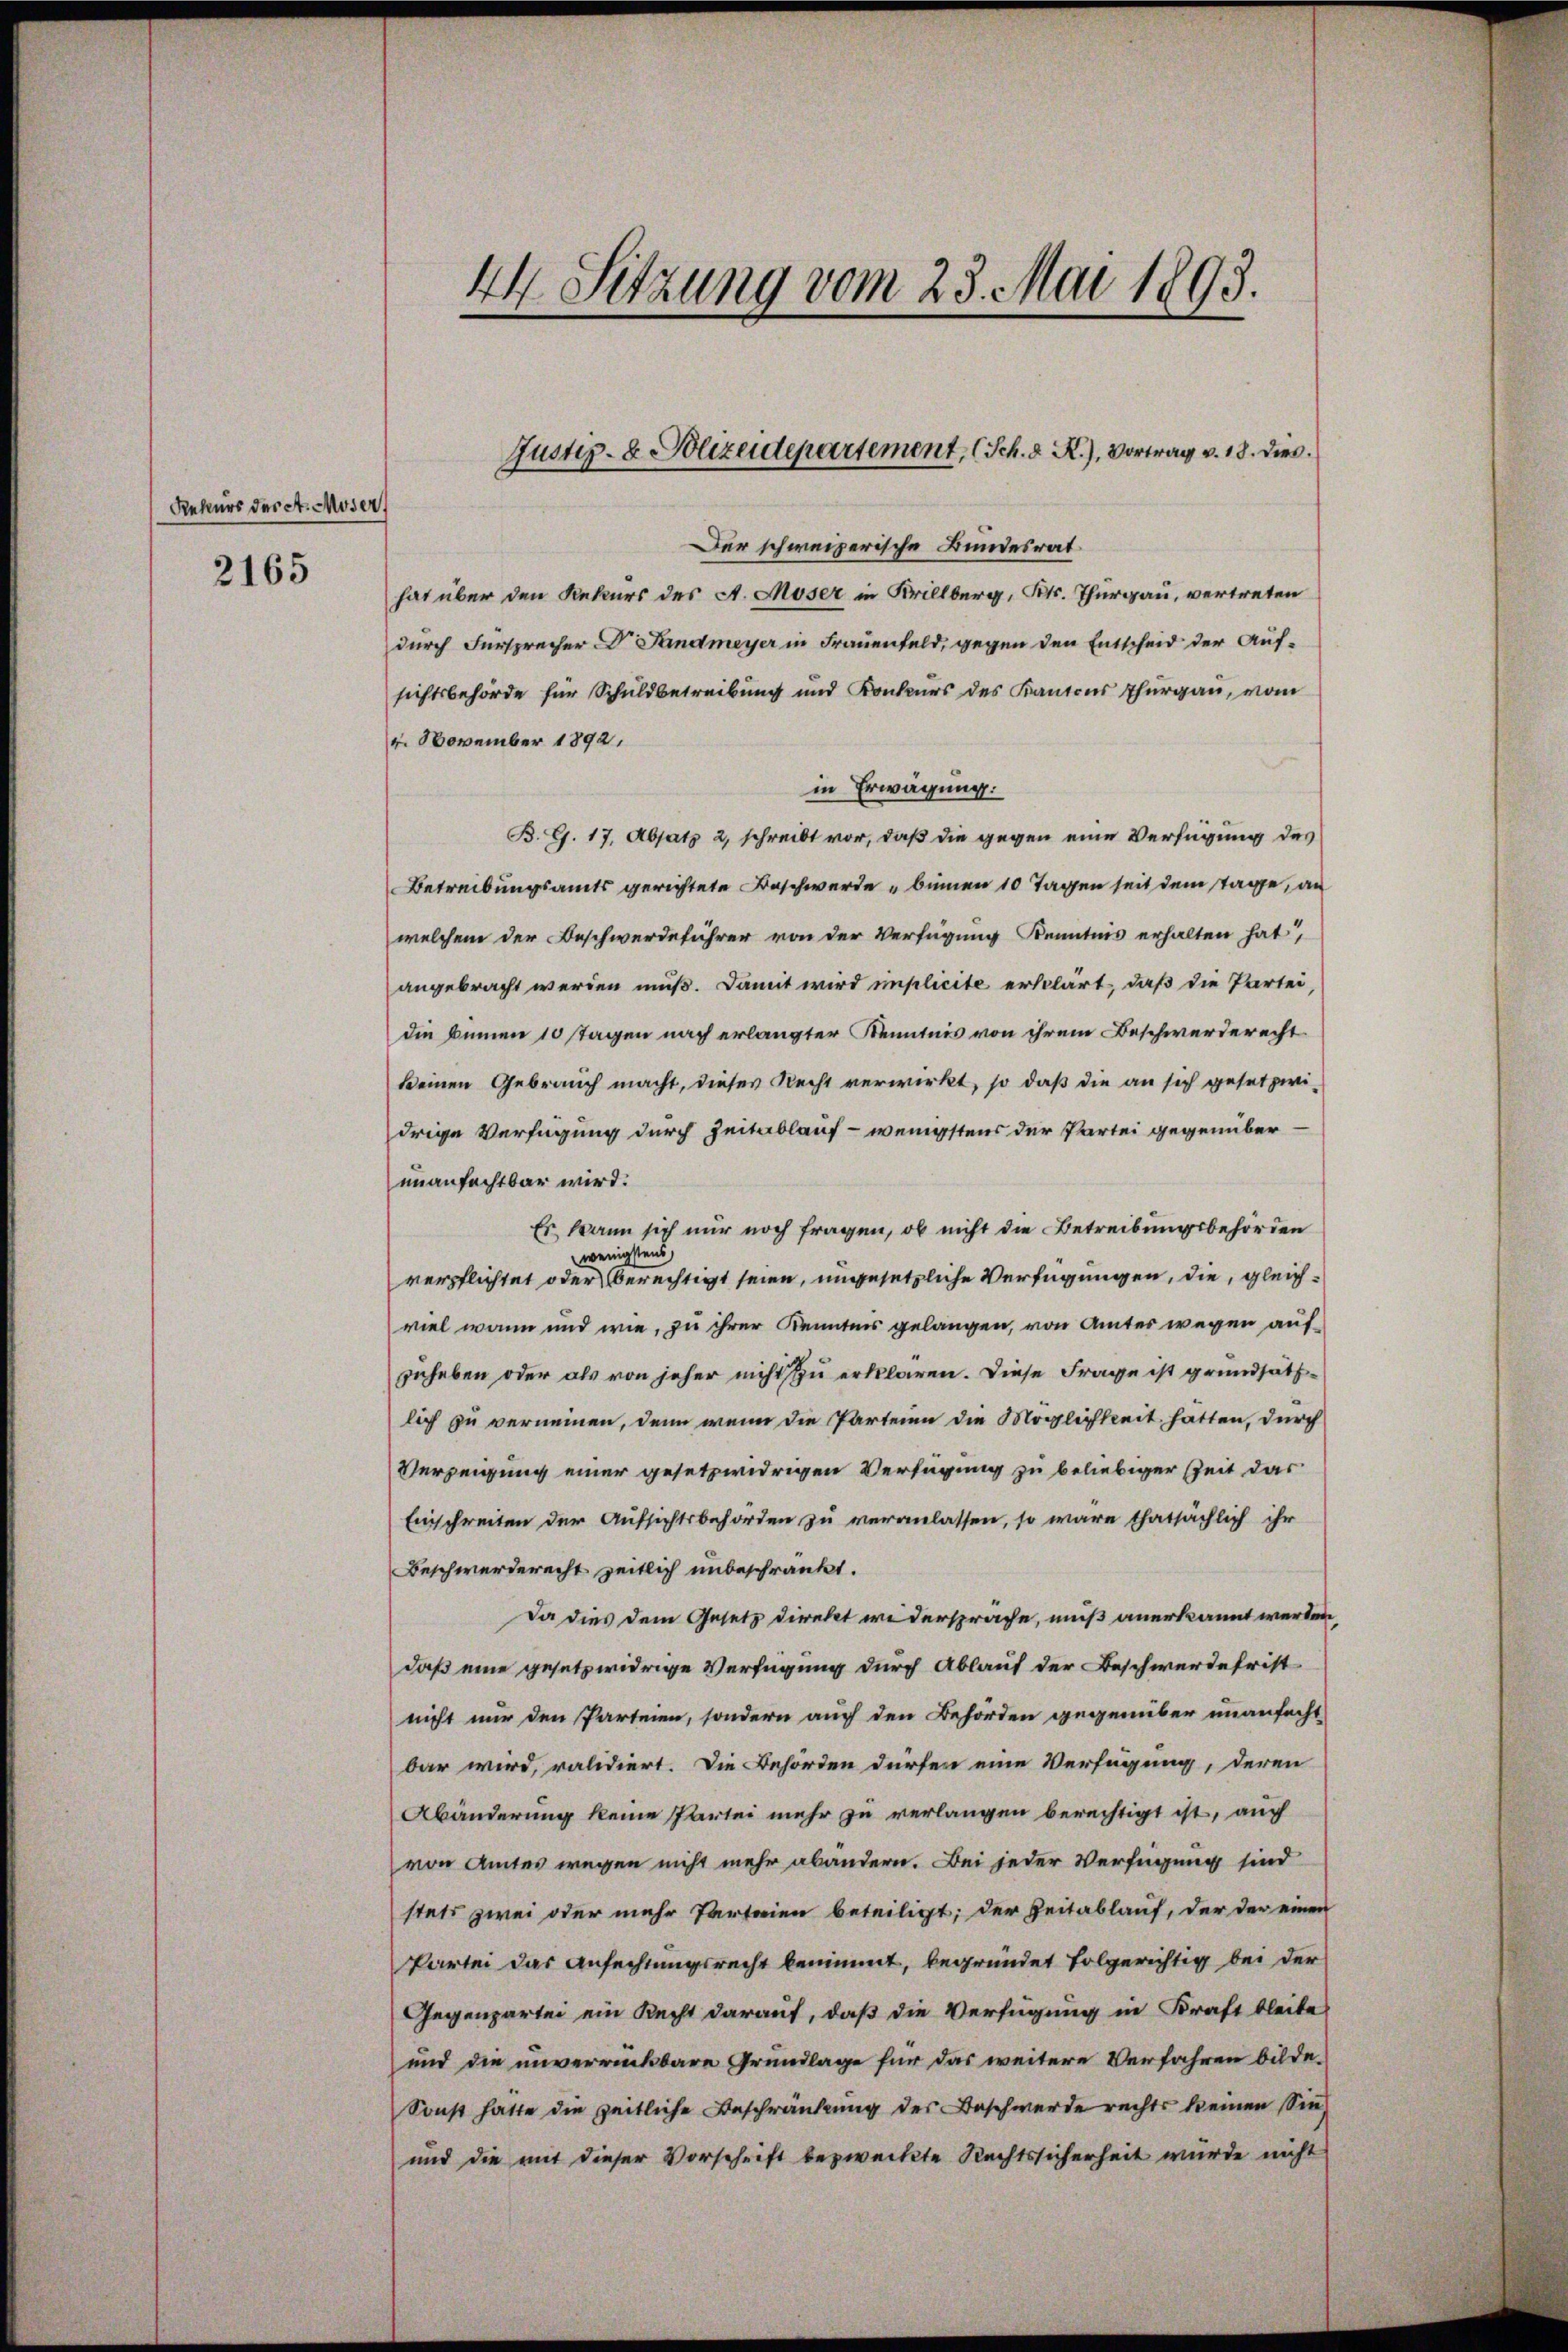
Rekurs der A. Moser,
2165

44 Sitzung vom 23. Mai 1893.

Der schweizerische Bundesrat
hat über den Rekurs des A. Moser in Krillberg, Kts. Thurgau, vertreten
durch Fürsprecher Dr. Landmeyer in Frauenfeld, gegen den Entscheid der Aufsichtsbehörde für Schuldbetreibung und Konkurs des Kantons Thurgau, vom
4. November 1892.
in Erwägung:
B. G. 17. Absatz 2, schreibt vor, daß die gegen eine Verfügung des
Betreibungsamts gerichtete Beschwerde binnen 10 Tagen seit dem Tage, an
welchem der Beschwerdeführer von der Verfügung Kenntnis erhalten hat,
angebracht werden muß. Damit wird implicite erklärt, daß die Partei,
die binnen 10 Tagen nach erlangter Kenntnis von ihrem Beschwerderecht
keinen Gebrauch macht, dieses Recht verwirkt, so daß die an sich gesetzwidrige Verfügung durch Zeitablauf - wenigstens der Partei gegenüberunanfechtbar wird:
Es wann sich nur noch fragen, ob nicht die Betreibungsbehörden
wenigstens
verpflichtet oder berechtigt seien, ungesetzliche Verfügungen, die, gleichviel wann und wie, zu ihrer Kenntnis gelangen, von Amtes wegen auf
zuheben oder als von jeher nicht zu erklären. Diese Frage ist grundsätzlich zu verneinen, denn wenn die Parteien die Möglichkeit hätten, durch
Verzeigung einer gesetzwidrigen Verfügung zu beliebiger Zeit das
Einschreiten der Aufsichtsbehörden zu veranlassen, so wäre thatsächlich ihr
Beschwerderecht zeitlich unbeschränkt.
Da dies dem Gesetz direkt widerspräche, muß anerkannt werden,
daß eine gesetzwidrige Verfügung durch Ablauf der Beschwerdefrist
nicht nur den Parteien, sondern auch den Behörden gegenüber unanfecht
bar wird, ralidiert. Die Behörden dürfen eine Verfügung, deren
Abänderung keine Partei mehr zu verlangen berechtigt ist, auch
von Amtes wegen nicht mehr abändern. Bei jeder Verfügung sind
stets zwei oder mehr Parteien beteiligt; der Zeitablauf, der der einen
Partei das Anfechtungsrecht benimmt, begründet folgerichtig bei der
Gegenpartei ein Recht darauf, daß die Verfügung in Kraft bleibe
und die unverrückbare Grundlage für das weitere Verfahren bilde.
Sonst hatte die zeitliche Beschränkung des Beschwerde rechts keinen Sin
und die mit dieser Vorschrift bezweckte Rechtssicherheit wurde nicht

Justiz- & Polizeidepartement, (Sch. d. R.), Vortrag v. 18. dies